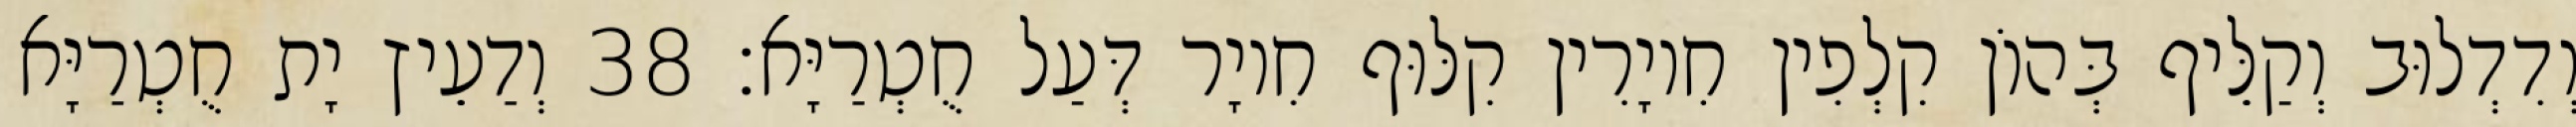
וְדִדְלוּב וְקַלֵּיף בְּהוֹן קִלְפִין חִיוָרִין קִלּוּף חִיוָר דְּעַל חֻטְרַיָּא׃ 38 וְדַעֵיץ יָת חֻטְרַיָּא